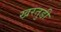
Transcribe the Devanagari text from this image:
खरतुडी